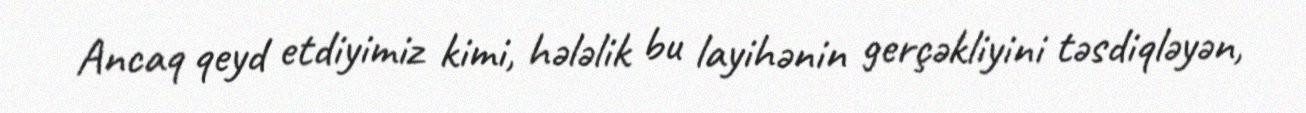
Ancaq qeyd etdiyimiz kimi, hələlik bu layihənin gerçəkliyini təsdiqləyən,